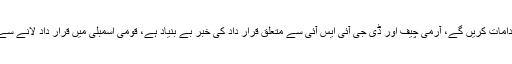
وزیر دفاع خواجہ محمد آصف نے کہا کہ آئین و قانون کے مطابق اقدامات کریں گے، آرمی چیف اور ڈی جی آئی ایس آئی سے متعلق قرار داد کی خبر بے بنیاد ہے، قومی اسمبلی میں قرار داد لانے سےکی خبر شر انگیزی ہے، بدنیتی پر مبنی افواہیں پھیلائی جارہی ہیں۔